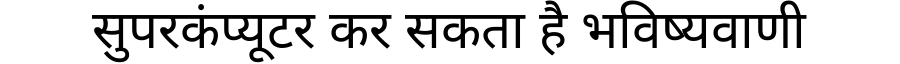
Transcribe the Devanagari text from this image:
सुपरकंप्यूटर कर सकता है भविष्यवाणी